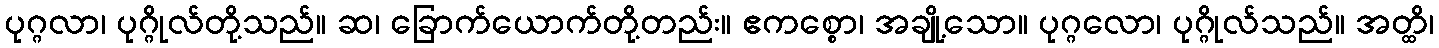
ပုဂ္ဂလာ၊ ပုဂ္ဂိုလ်တို့သည်။ ဆ၊ ခြောက်ယောက်တို့တည်း။ ဧကစ္စော၊ အချို့သော။ ပုဂ္ဂလော၊ ပုဂ္ဂိုလ်သည်။ အတ္ထိ၊